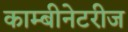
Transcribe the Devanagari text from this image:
काम्बीनेटरीज